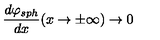
\frac { d \varphi _ { s p h } } { d x } ( x \rightarrow \pm \infty ) \rightarrow 0